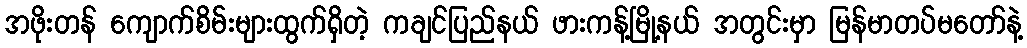
အဖိုးတန် ကျောက်စိမ်းများထွက်ရှိတဲ့ ကချင်ပြည်နယ် ဖားကန့်မြို့နယ် အတွင်းမှာ မြန်မာတပ်မတော်နဲ့